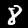
Digit: 8